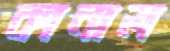
কানাল